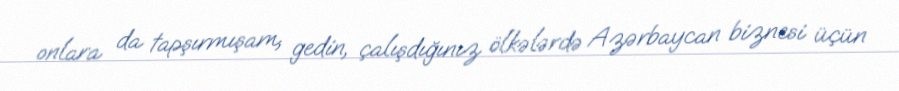
onlara da tapşırmışam, gedin, çalışdığınız ölkələrdə Azərbaycan biznesi üçün